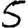
Digit: 5